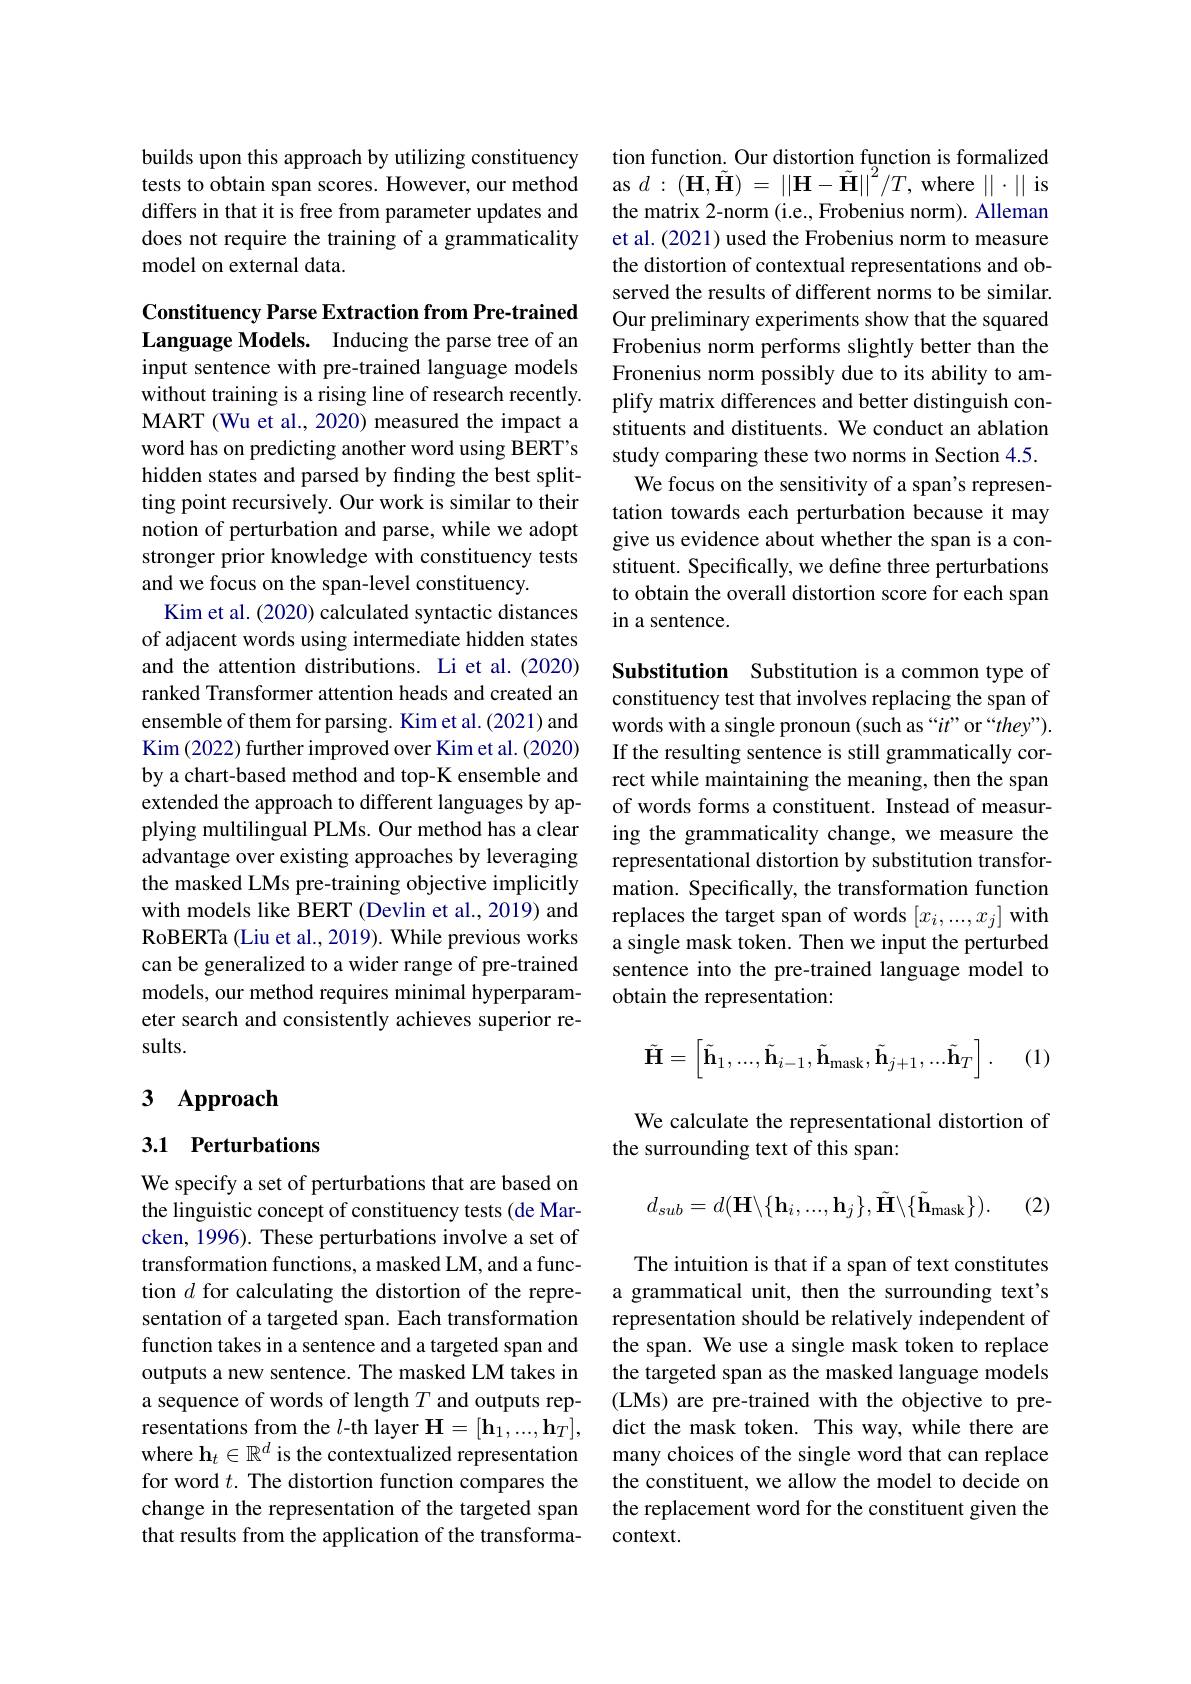
builds upon this approach by utilizing constituency tests to obtain span scores. However, our method differs in that it is free from parameter updates and does not require the training of a grammaticality model on external data.

Constituency Parse Extraction from Pre-trained Language Models. Inducing the parse tree of an

input sentence with pre-trained language models without training is a rising line of research recently. MART (Wu et al., 2020) measured the impact a word has on predicting another word using BERT's hidden states and parsed by finding the best splitting point recursively. Our work is similar to their notion of perturbation and parse, while we adopt stronger prior knowledge with constituency tests and we focus on the span-level constituency.
Kim et al. (2020) calculated syntactic distances of adjacent words using intermediate hidden states and the attention distributions. Li et al.(2020) ranked Transformer attention heads and created an ensemble of them for parsing. Kim et al.(2021) and Kim (2022) further improved over Kim et al. (2020) by a chart-based method and top-K ensemble and extended the approach to different languages by applying multilingual PLMs. Our method has a clear advantage over existing approaches by leveraging the masked LMs pre-training objective implicitly with models like BERT (Devlin et al., 2019) and RoBERTa (Liu et al., 2019). While previous works can be generalized to a wider range of pre-trained models, our method requires minimal hyperparameter search and consistently achieves superior results.

# 3 Approach

## 3.1 Perturbations

We specify a set of perturbations that are based on the linguistic concept of constituency tests (de Marcken, 1996). These perturbations involve a set of transformation functions, a masked LM, and a function $d$ for calculating the distortion of the representation of a targeted span. Each transformation function takes in a sentence and a targeted span and outputs a new sentence. The masked LM takes in a sequence of words of length $T$ and outputs representations from the $l$-th layer $\mathbf{H}=[\mathbf{h}_1,...,\mathbf{h}_T]$, where $\mathbf{h}_t\in\mathbb{R}^d$ is the contextualized representation for word $t.$ The distortion function compares the change in the representation of the targeted span that results from the application of the transforma-

tion function. Our distortion function is formalized as $d:(\mathbf{H},\tilde{\mathbf{H}})=||\mathbf{H}-\tilde{\mathbf{H}}||^2/T$, where $||\cdot||$ is the matrix 2-norm (i.e., Frobenius norm). Alleman et al. (2021) used the Frobenius norm to measure the distortion of contextual representations and observed the results of different norms to be similar. Our preliminary experiments show that the squared Frobenius norm performs slightly better than the Fronenius norm possibly due to its ability to amplify matrix differences and better distinguish constituents and distituents. We conduct an ablation study comparing these two norms in Section 4.5.
We focus on the sensitivity of a span's representation towards each perturbation because it may give us evidence about whether the span is a constituent. Specifically, we define three perturbations to obtain the overall distortion score for each span in a sentence.

Substitution Substitution is a common type of constituency test that involves replacing the span of words with a single pronoun (such as “$it”$ or $` they” ) .$ If the resulting sentence is still grammatically correct while maintaining the meaning, then the span of words forms a constituent. Instead of measuring the grammaticality change, we measure the representational distortion by substitution transformation. Specifically, the transformation function replaces the target span of words $[x_i,...,x_j]$ with a single mask token. Then we input the perturbed sentence into the pre-trained language model to obtain the representation:
$$\tilde{\mathbf{H}}=\begin{bmatrix}\tilde{\mathbf{h}}_{1},...,\tilde{\mathbf{h}}_{i-1},\tilde{\mathbf{h}}_{\mathrm{mask}},\tilde{\mathbf{h}}_{j+1},...\tilde{\mathbf{h}}_{T}\end{bmatrix}.$$
(1)

We calculate the representational distortion of
the surrounding text of this span:
$$d_{sub}=d(\mathbf{H}\backslash\{\mathbf{h}_{i},...,\mathbf{h}_{j}\},\tilde{\mathbf{H}}\backslash\{\tilde{\mathbf{h}}_{\mathrm{mask}}\}).$$
(2)

The intuition is that if a span of text constitutes a grammatical unit, then the surrounding text's representation should be relatively independent of the span. We use a single mask token to replace the targeted span as the masked language models (LMs) are pre-trained with the objective to predict the mask token. This way, while there are many choices of the single word that can replace the constituent, we allow the model to decide on the replacement word for the constituent given the context.